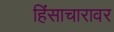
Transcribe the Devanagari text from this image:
हिंसाचारावर